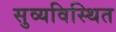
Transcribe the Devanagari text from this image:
सुव्यविस्थित